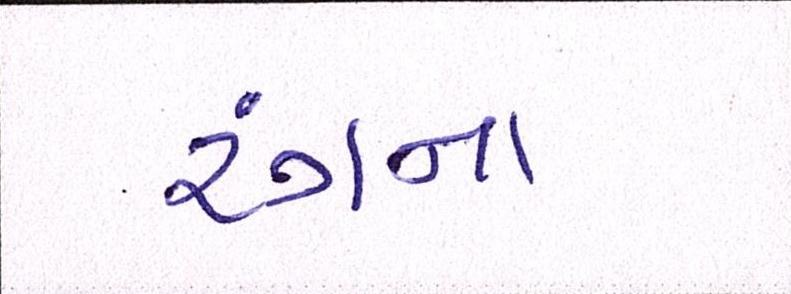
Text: રંગના